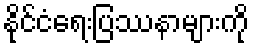
နိုင်ငံရေးပြဿနာများကို